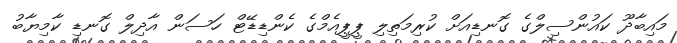
މައިބާދޫ ކައުންސިލްގެ ގޮނޑިއަށް ކުރިމަތިލި ޕީޕީއެމްގެ ކެންޑިޑޭޓް ހަސަން އާދިލް ގޮނޑި ކާމިޔާބު